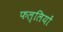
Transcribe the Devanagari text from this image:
फल्लियों